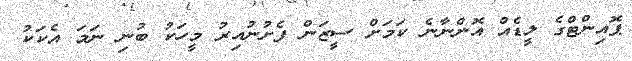
ޕޮއިންޓްގެ ލީޑެއް އޮންނާނެ ކަމަށް ސީޒަން ފެށުނުއިރު މީހަކު ބުނި ނަމަ އެކަކު